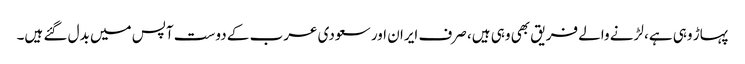
پہاڑ وہی ہے، لڑنے والے فریق بھی وہی ہیں، صرف ایران اور سعودی عرب کے دوست آپس میں بدل گئے ہیں۔